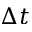
\Delta t